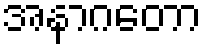
အနာဂတော